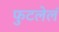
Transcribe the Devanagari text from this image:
फुटलेलं